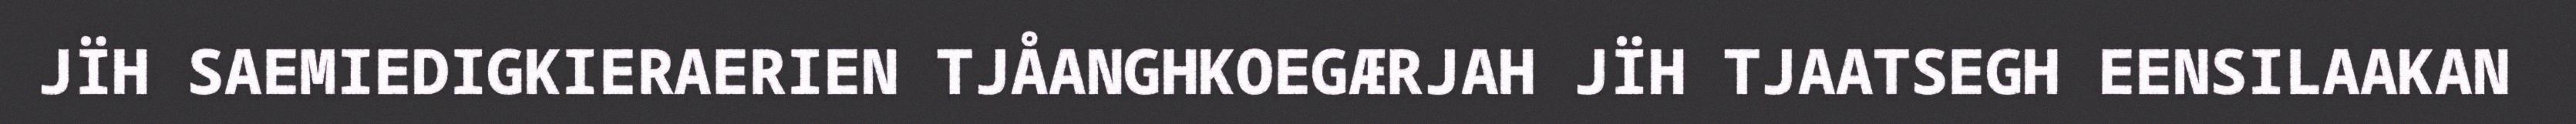
JÏH SAEMIEDIGKIERAERIEN TJÅANGHKOEGÆRJAH JÏH TJAATSEGH EENSILAAKAN